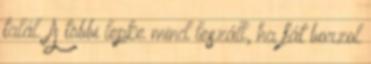
talál. A többi lepke mind leszáll, ha fát borzol